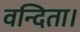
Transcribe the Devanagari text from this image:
वन्दिता।